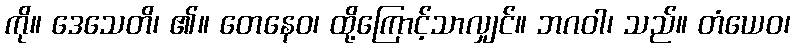
ကို။ ဒေသေတိ၊ ၏။ တေနေဝ၊ ထို့ကြောင့်သာလျှင်။ ဘဂဝါ၊ သည်။ တံယေဝ၊